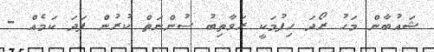
ޝައުބާން މަހު ރޯދަ ހިފުމަކީ ރަވާތިބު ސުންނަތް ކުރުން ފަދަ ކަމެއް -